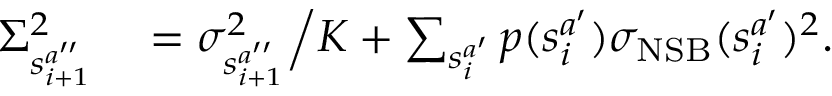
\begin{array} { r l } { \Sigma _ { s _ { i + 1 } ^ { a ^ { \prime \prime } } } ^ { 2 } } & { { } = \sigma _ { s _ { i + 1 } ^ { a ^ { \prime \prime } } } ^ { 2 } \Big / K + \sum _ { s _ { i } ^ { a ^ { \prime } } } p ( s _ { i } ^ { a ^ { \prime } } ) \sigma _ { \mathrm { N S B } } ( s _ { i } ^ { a ^ { \prime } } ) ^ { 2 } . } \end{array}